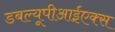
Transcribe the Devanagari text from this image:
डबल्यूपीआईएक्स